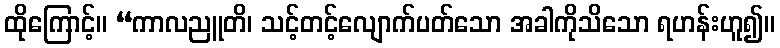
ထိုကြောင့်။ “ကာလညူတိ၊ သင့်တင့်လျောက်ပတ်သော အခါကိုသိသော ရဟန်းဟူ၍။